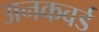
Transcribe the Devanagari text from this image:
अनकवर्ड